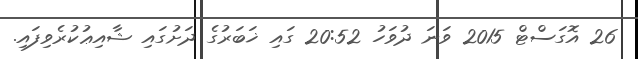
26 އޮގަސްޓް 2015 ވަނަ ދުވަހު 20:52 ގައި ޚަބަރުގެ ދަށުގައި ޝާއިޢުކުރެވިފައި.